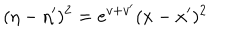
( \eta - \eta ^ { \prime } ) ^ { 2 } = e ^ { v + v ^ { \prime } } ( x - x ^ { \prime } ) ^ { 2 }